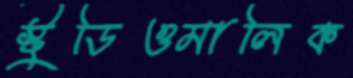
স্টুডিওমালিক